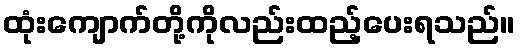
ထုံးကျောက်တို့ကိုလည်းထည့်ပေးရသည်။